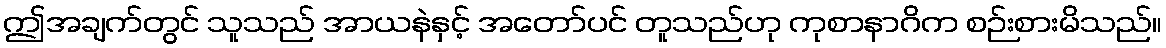
ဤအချက်တွင် သူသည် အာယနဲနှင့် အတော်ပင် တူသည်ဟု ကုစာနာဂိက စဉ်းစားမိသည်။